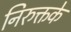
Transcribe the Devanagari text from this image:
निरुक्तके